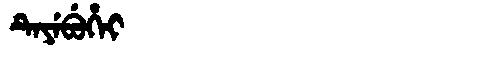
Manchu: ᡨᡝᠶᡝᠪᡠᡥᡝᡳ
Romanization: TEYEBUHEI